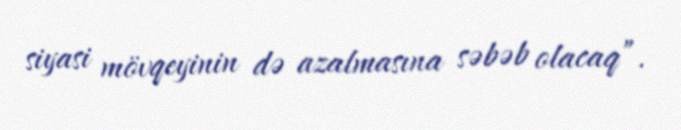
siyasi mövqeyinin də azalmasına səbəb olacaq”.